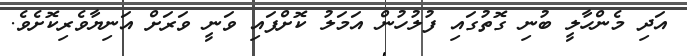
އަދި މެންހާލީ ބުނި ގޮތުގައި ފުލުހުން އަމަލު ކޮށްފައި ވަނީ ވަރަށް އަނިޔާވެރިކޮށެވެ.